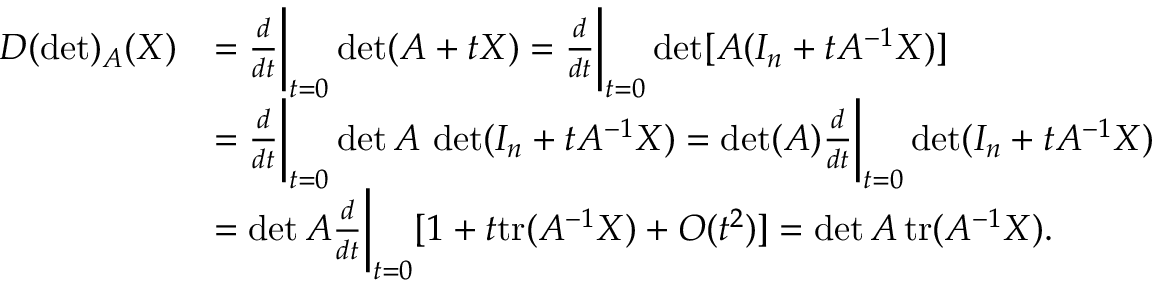
\begin{array} { r l } { D ( \operatorname* { d e t } ) _ { A } ( X ) } & { = \frac { d } { d t } \bigg \vert _ { t = 0 } \operatorname* { d e t } ( A + t X ) = \frac { d } { d t } \bigg \vert _ { t = 0 } \operatorname* { d e t } [ A ( I _ { n } + t A ^ { - 1 } X ) ] } \\ & { = \frac { d } { d t } \bigg \vert _ { t = 0 } \operatorname* { d e t } A \, \operatorname* { d e t } ( I _ { n } + t A ^ { - 1 } X ) = \operatorname* { d e t } ( A ) \frac { d } { d t } \bigg \vert _ { t = 0 } \operatorname* { d e t } ( I _ { n } + t A ^ { - 1 } X ) } \\ & { = \operatorname* { d e t } A \frac { d } { d t } \bigg \vert _ { t = 0 } [ 1 + t \mathrm { t r } ( A ^ { - 1 } X ) + O ( t ^ { 2 } ) ] = \operatorname* { d e t } A \, \mathrm { t r } ( A ^ { - 1 } X ) . } \end{array}